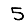
Digit: 5